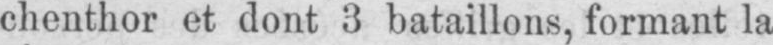
chenthor et dont 3 bataillons, formant la